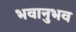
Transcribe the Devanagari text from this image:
भवानुभव